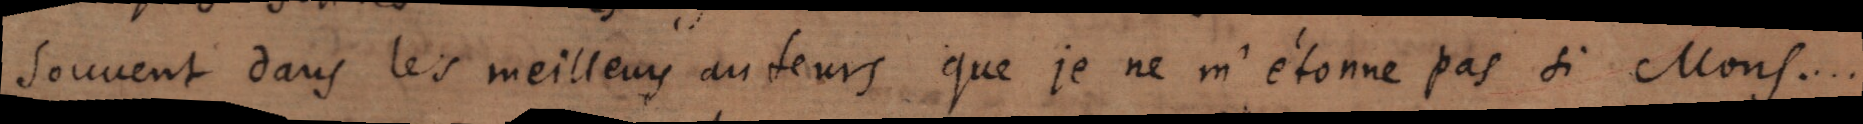
souvent dans les meilleurs auteurs que je ne m’étonne pas si Mons....